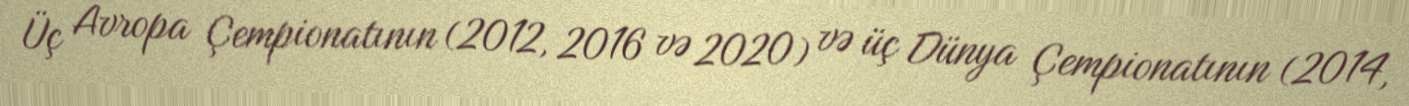
Üç Avropa Çempionatının (2012, 2016 və 2020) və üç Dünya Çempionatının (2014,